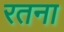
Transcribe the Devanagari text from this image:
रतना